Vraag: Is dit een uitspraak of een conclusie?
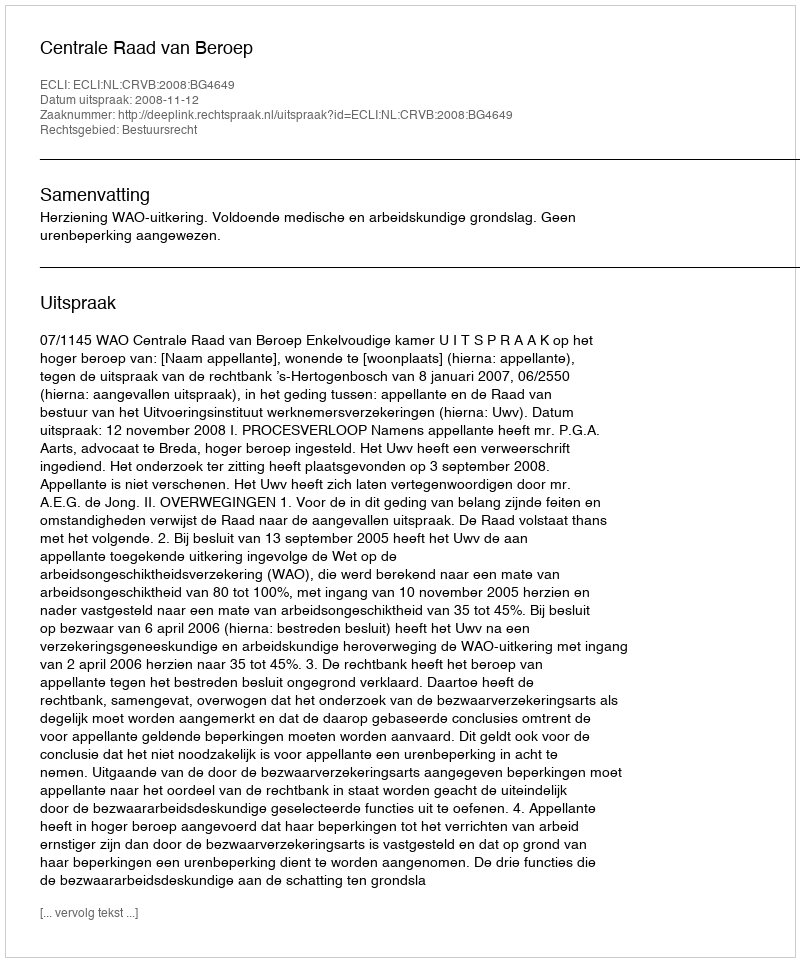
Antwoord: Uitspraak